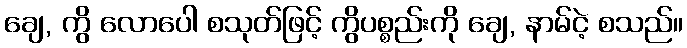
ချေ, ကွိ လောပေါ စသုတ်ဖြင့် ကွိပစ္စည်းကို ချေ, နာမ်ငဲ့ စသည်။